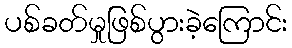
ပစ်ခတ်မှုဖြစ်ပွားခဲ့ကြောင်း